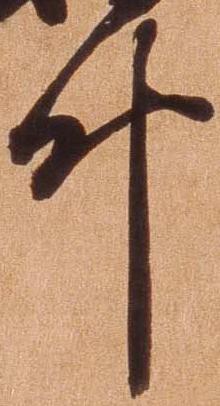
叶